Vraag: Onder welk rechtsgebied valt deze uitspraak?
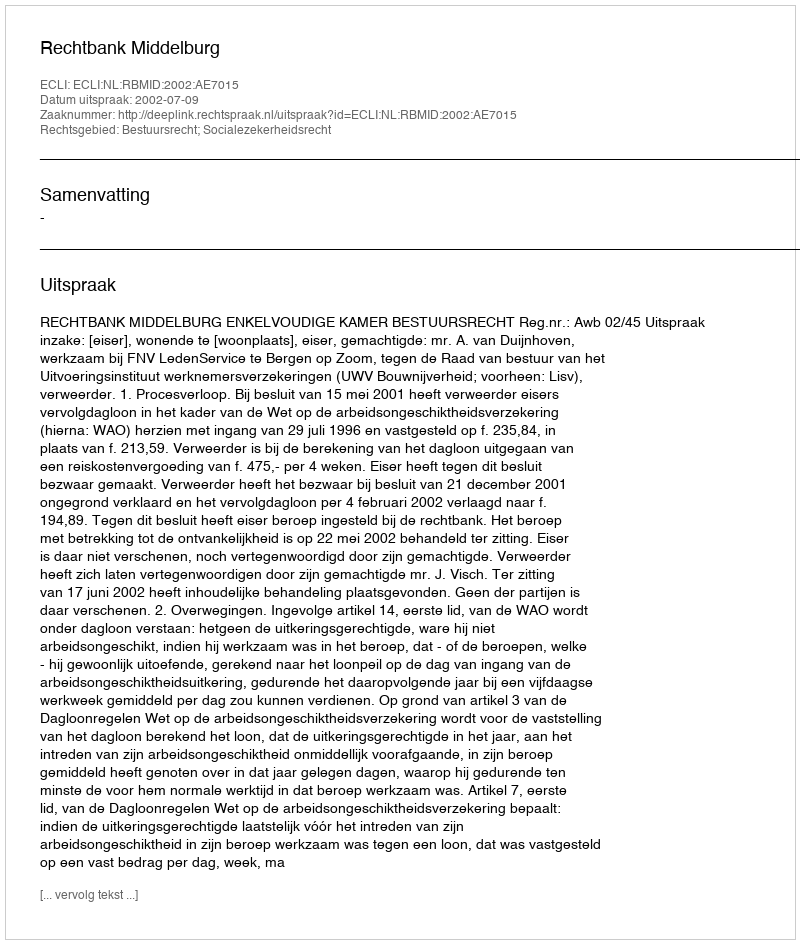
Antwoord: Bestuursrecht; Socialezekerheidsrecht